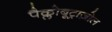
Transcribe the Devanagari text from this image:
पैक्लोबूट्राज़ोल